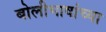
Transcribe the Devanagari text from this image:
बोलीभाषांच्या